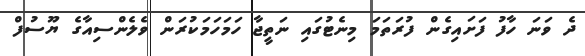
ދެ ވަނަ ހާފު ފަށައިގެން ފުރަތަމަ މިނެޓުގައި ނަތީޖާ ހަމަހަމަކުރަން ވެލެންސިއާގެ ޔޫސުފް